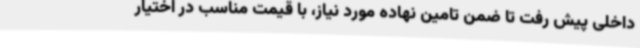
داخلی پیش رفت تا ضمن تامین نهاده مورد نیاز، با قیمت مناسب در اختیار